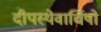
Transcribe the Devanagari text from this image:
दीपस्येवार्चिषो